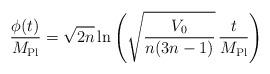
LaTeX: \begin{align*}\qquad \frac{\phi(t)}{M_{\rm Pl}} = \sqrt{2n} \ln \left( \sqrt {\frac{V_0}{n(3n-1)}} \, \frac{t}{M_{\rm Pl}}\right)\end{align*}